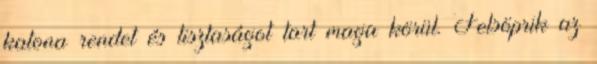
katona rendet és tisztaságot tart maga körül. Felsöprik az